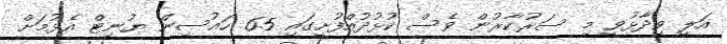
އަލީ ވިދާޅުވީ މި ސަރުކާރުން ވެސް ކުޅުދުއްފުށީގައި 65 ހައުސިން ޔުނިޓް އެޅުމަށް